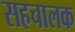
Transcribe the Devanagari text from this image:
सहचालक